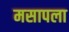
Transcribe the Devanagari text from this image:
मसापला